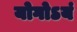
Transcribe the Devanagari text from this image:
योगोऽयं